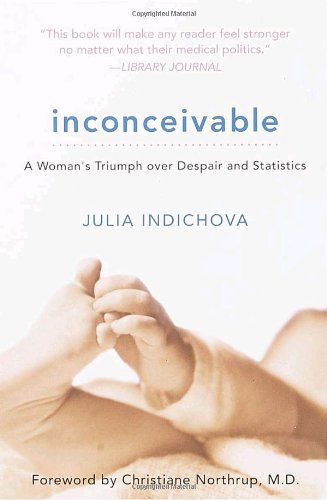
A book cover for Inconceivable: A Woman's Triumph over Despair and Statistics; Julia Indichova; Parenting & Relationships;